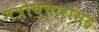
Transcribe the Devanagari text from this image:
मंत्रोच्चारांसह